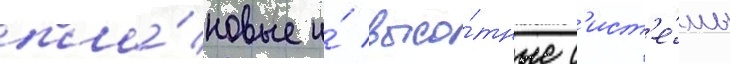
пла́новые и́ высо́тные с'ист'е́мы